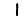
Digit: 1